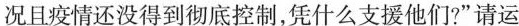
况且疫情还没得到彻底控制，凭什么支援他们?”请运